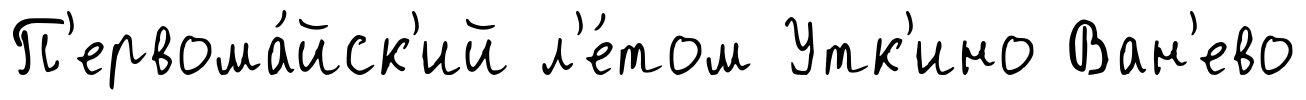
П'ервома́йск'ий л'е́том Утк'ино Ван'ево